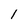
Character: 1